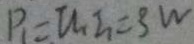
P _ { 1 } = u _ { 1 } I _ { 1 } = 3 W